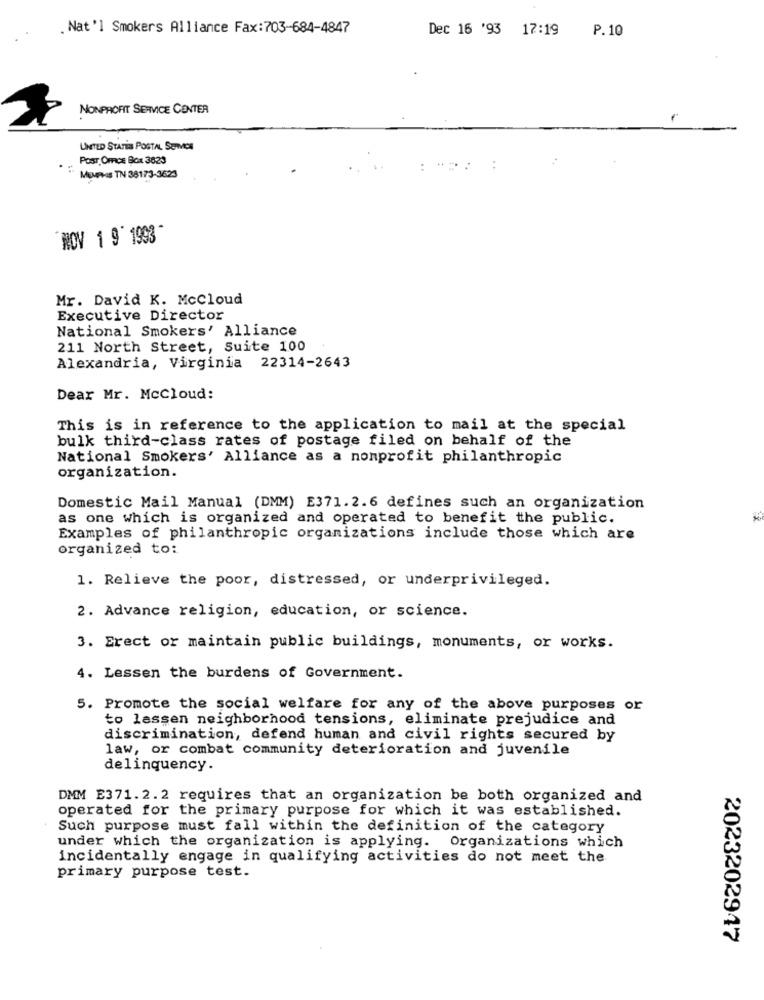
. Nat'l Smokers Alliance Fax:703-684-4847
Dec 16 '93 17:19
P.10
NONPROFIT SERVICE CENTER
UNITED STATES POSTAL SEMCE
POST Omrice Box 3623
: MEMPHIS TN 38173-3623
NOV 1 9' 1993 "
Mr. David K. McCloud
Executive Director
National Smokers' Alliance
211 North Street, Suite 100
Alexandria, Virginia 22314-2643
Dear Mr. McCloud:
This is in reference to the application to mail at the special
bulk third-class rates of postage filed on behalf of the
National Smokers' Alliance as a nonprofit philanthropic
organization.
Domestic Mail Manual (DMM) E371.2.6 defines such an organization
as one which is organized and operated to benefit the public.
Examples of philanthropic organizations include those which are
organized to:
1. Relieve the poor, distressed, or underprivileged.
2. Advance religion, education, or science.
3. Erect or maintain public buildings, monuments, or works.
4. Lessen the burdens of Government.
5. Promote the social welfare for any of the above purposes or
to lassen neighborhood tensions, eliminate prejudice and
discrimination, defend human and civil rights secured by
law, or combat community deterioration and juvenile
delinquency.
DMM E371.2.2 requires that an organization be both organized and
operated for the primary purpose for which it was established.
Such purpose must fall within the definition of the category
under which the organization is applying. Organizations which
incidentally engage in qualifying activities do not meet the
primary purpose test.
2023202947